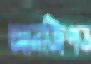
আনজিপড